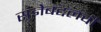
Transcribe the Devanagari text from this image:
संज्ञेबद्दलची